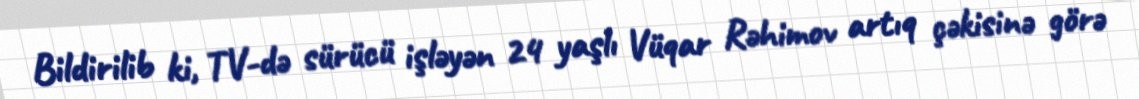
Bildirilib ki, TV-də sürücü işləyən 24 yaşlı Vüqar Rəhimov artıq çəkisinə görə